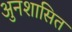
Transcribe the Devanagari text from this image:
अुनशासित